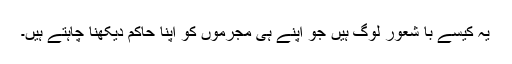
یہ کیسے با شعور لوگ ہیں جو اپنے ہی مجرموں کو اپنا حاکم دیکھنا چاہتے ہیں۔